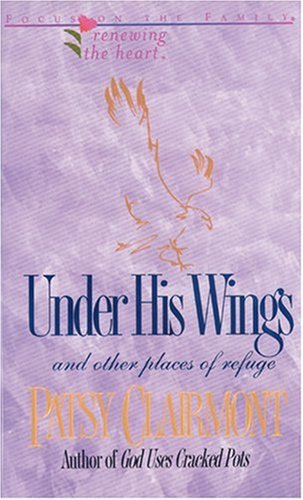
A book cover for UNDER HIS WINGS (Renewing the Heart); Patsy Clairmont; Christian Books & Bibles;